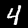
Label: 4